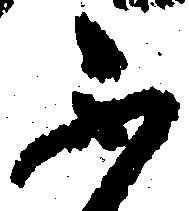
不